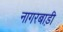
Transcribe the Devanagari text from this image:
नागरबाड़ी